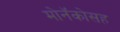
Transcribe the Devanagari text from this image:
मोनॅकोसह